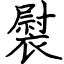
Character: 褽